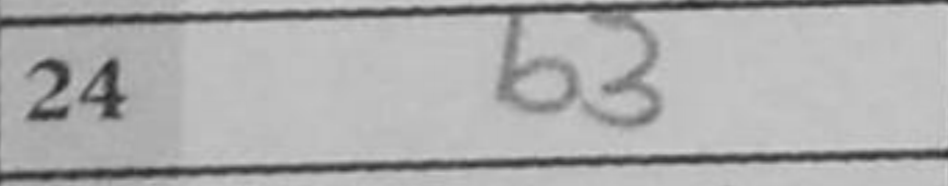
Transcription: Kg2